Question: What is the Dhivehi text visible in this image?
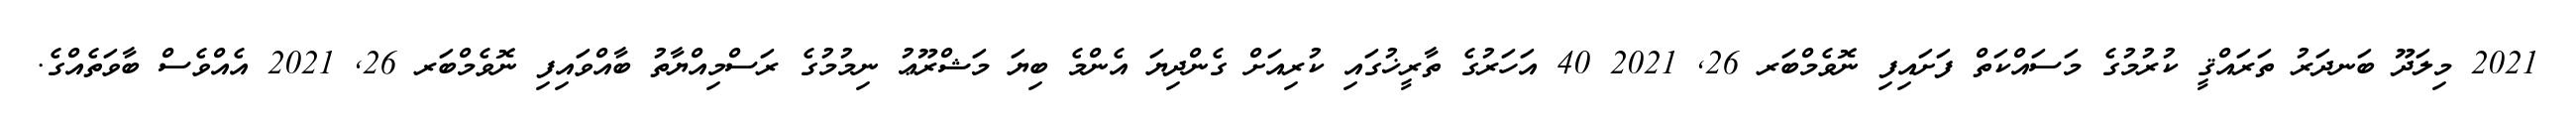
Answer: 2021 މިލަދޫ ބަނދަރު ތަރައްޤީ ކުރުމުގެ މަސައްކަތް ފަށައިފި ނޮވެމްބަރ 26, 2021 40 އަހަރުގެ ތާރީޚުގައި ކުރިއަށް ގެންދިޔަ އެންމެ ބިޔަ މަޝްރޫޢު ނިމުމުގެ ރަސްމިއްޔާތު ބާއްވައިފި ނޮވެމްބަރ 26, 2021 އެއްވެސް ބާވަތެއްގެ.